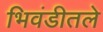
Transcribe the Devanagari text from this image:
भिवंडीतले